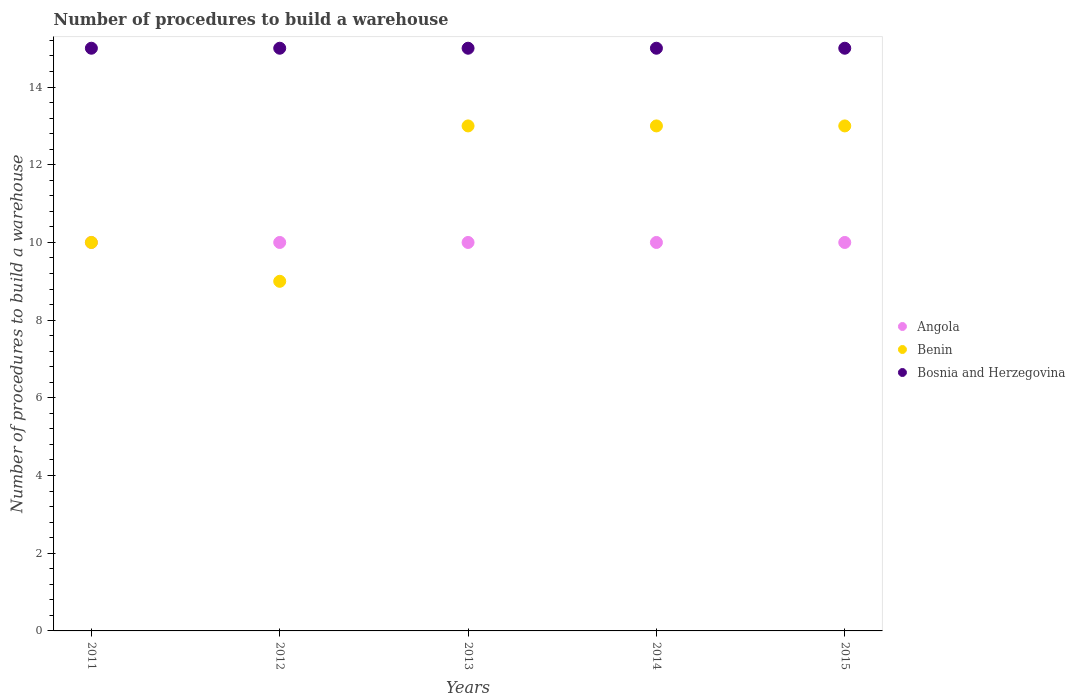
| Years | Angola | Benin | Bosnia and Herzegovina |
 | --- | --- | --- | --- |
 | 2011 | 10 | 10 | 15 |
 | 2012 | 10 | 9 | 15 |
 | 2013 | 10 | 13 | 15 |
 | 2014 | 10 | 13 | 15 |
 | 2015 | 10 | 13 | 15 |